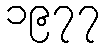
၁၉၇၇